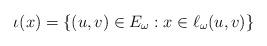
LaTeX: \begin{align*}\iota(x)=\{(u,v)\in E_\omega: x\in\ell_\omega(u,v)\}\end{align*}